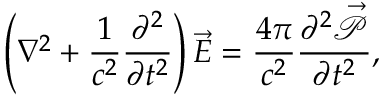
\left( \nabla ^ { 2 } + \frac { 1 } { c ^ { 2 } } \frac { \partial ^ { 2 } } { \partial t ^ { 2 } } \right) \vec { E } = \frac { 4 \pi } { c ^ { 2 } } \frac { \partial ^ { 2 } \vec { \mathcal P } } { \partial t ^ { 2 } } ,